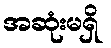
အဆုံးမရှိ